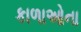
કાળાઓના